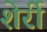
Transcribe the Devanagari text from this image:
शेर्री